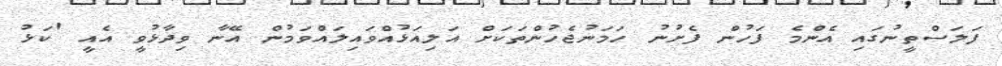
ފަލަސްތީނުގައި އެންމެ ފަހުން ފެށުނު ހަމަނުޖެހުންތަކަށް އަލިއަޅުއްވައިލައްވަމުން އޭނާ ވިދާޅުވީ އެއީ 'ކަޅު